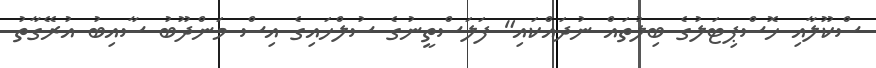
ސްކޫލާއި ހޮސްޕިޓަލުގެ ބިލުތައް ނުދައްކައި" ފަލަސްތީނުގެ ސުލްހައިގެ އިސް މަންދޫބު ސާއިބު އުރޭގާތު